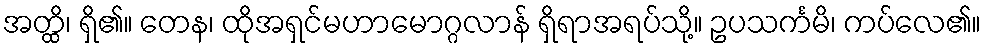
အတ္ထိ၊ ရှိ၏။ တေန၊ ထိုအရှင်မဟာမောဂ္ဂလာန် ရှိရာအရပ်သို့။ ဥပသင်္ကမိ၊ ကပ်လေ၏။